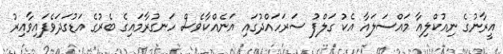
އީރާނުގެ ނިއުކްލިއާ މައްސަލައާ އެކު ގަލްފު ސަރަހައްދުގައި އަނެއްކާވެސް ހަނގުރާމައިގެ ބެރުގެ އަޑުގަދަވެފައިވާއިރު